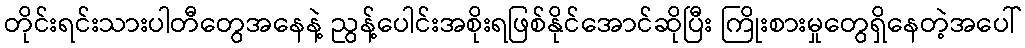
တိုင်းရင်းသားပါတီတွေအနေနဲ့ ညွန့်ပေါင်းအစိုးရဖြစ်နိုင်အောင်ဆိုပြီး ကြိုးစားမှုတွေရှိနေတဲ့အပေါ်